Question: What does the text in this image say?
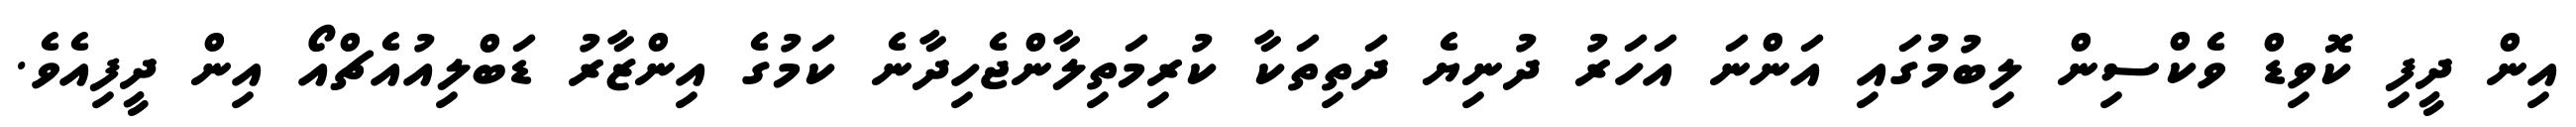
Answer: އިން ދީފި ކޮވިޑް ވެކްސިން ލިބުމުގައި އަންނަ އަހަރު ދުނިޔެ ދަތިތަކާ ކުރިމަތިލާންޖެހިދާނެ ކަމުގެ އިންޒާރު ޑަބްލިއުއެޗްއޯ އިން ދީފިއެވެ.